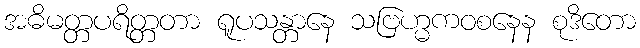
အဓိမတ္တပရိတ္တတာ ရူပသန္တာနေ သဗြဟ္မကဝစနေန စုဒိတော